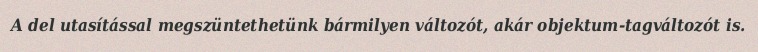
A del utasítással megszüntethetünk bármilyen változót, akár objektum-tagváltozót is.